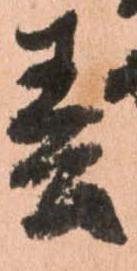
春